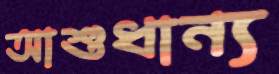
আশুধান্য